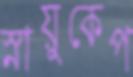
স্নায়ুকেপ